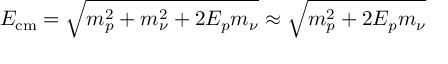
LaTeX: E _ { \mathrm { c m } } = \sqrt { m _ { p } ^ { 2 } + m _ { \nu } ^ { 2 } + 2 E _ { p } m _ { \nu } } \approx \sqrt { m _ { p } ^ { 2 } + 2 E _ { p } m _ { \nu } }